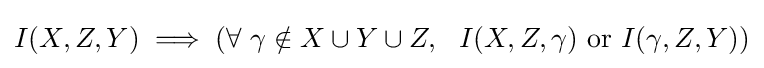
I(X,Z,Y)\implies \left(\forall ~\gamma \notin X\cup Y\cup Z,~~I(X,Z,\gamma ){\text{ or }}I(\gamma ,Z,Y)\right)